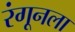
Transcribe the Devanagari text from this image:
रंगूनला